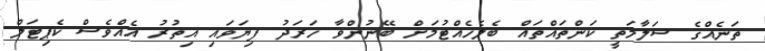
ތަނެއްގެ ސަލާމަތީ ކަންތައްތައް ބެލެހެއްޓުމަށް ބޭނުންވާ ހަރަދު ފިޔަވައި އިތުރު އެއްވެސް ކެޕިޓަލް